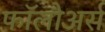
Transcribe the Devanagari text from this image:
फॉलोअर्स